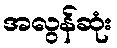
အလွန်ဆုံး